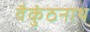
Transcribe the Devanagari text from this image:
वैकुंठनाथ